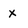
Character: x